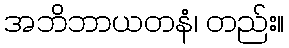
အဘိဘာယတနံ၊ တည်း။